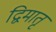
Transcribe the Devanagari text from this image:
द्विमातृ